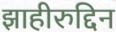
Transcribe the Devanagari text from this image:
झाहीरुद्दिन